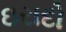
ઇરાદો